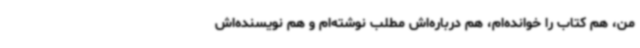
من، هم کتاب را خوانده‌ام، هم درباره‌اش مطلب نوشته‌ام و هم نویسنده‌اش